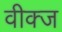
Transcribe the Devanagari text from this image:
वीक्ज